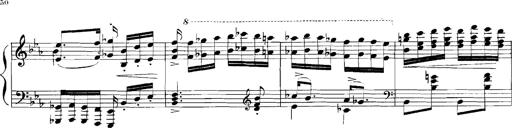
Title: Rhapsodies hongroises
Composer: Franz Liszt